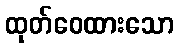
ထုတ်ဝေထားသော